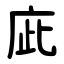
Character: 庛